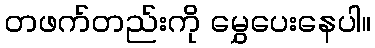
တဖက်တည်းကို မွှေပေးနေပါ။